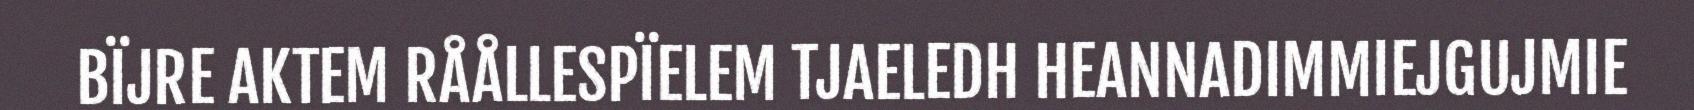
BÏJRE AKTEM RÅÅLLESPÏELEM TJAELEDH HEANNADIMMIEJGUJMIE